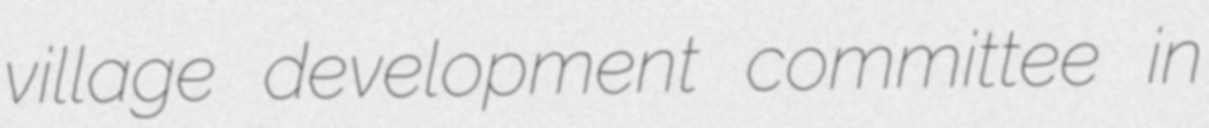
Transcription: village development committee in